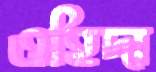
ওহিদা